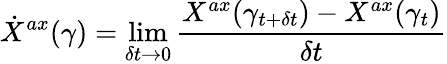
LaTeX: \dot{X}^{ax}(\gamma)=\operatorname*{lim}_{\delta t\rightarrow 0}\frac{X^{ax}(\gamma_{t+\delta t})-X^{ax}(\gamma_{t})}{\delta t}